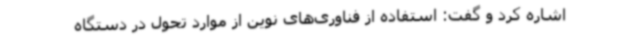
اشاره کرد و گفت: استفاده از فناوری‌های نوین از موارد تحول در دستگاه